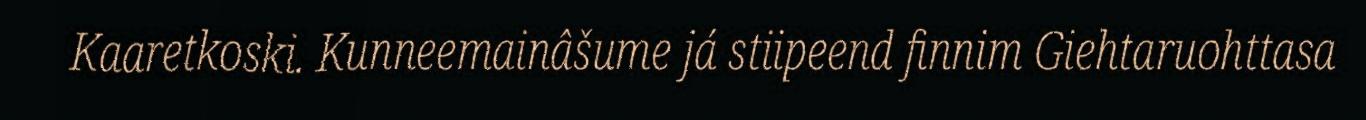
Kaaretkoski. Kunneemainâšume já stiipeend finnim Giehtaruohttasa